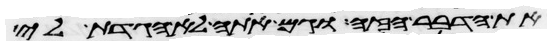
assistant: את הדבר הזה וגם אתה לא הגדת לי